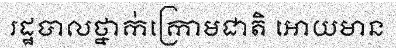
រដ្ឋបាលថ្នាក់ក្រោមជាតិ អោយមាន